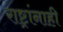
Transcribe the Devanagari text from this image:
राष्ट्रांनाही